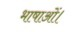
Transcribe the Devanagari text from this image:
भाषाओं।